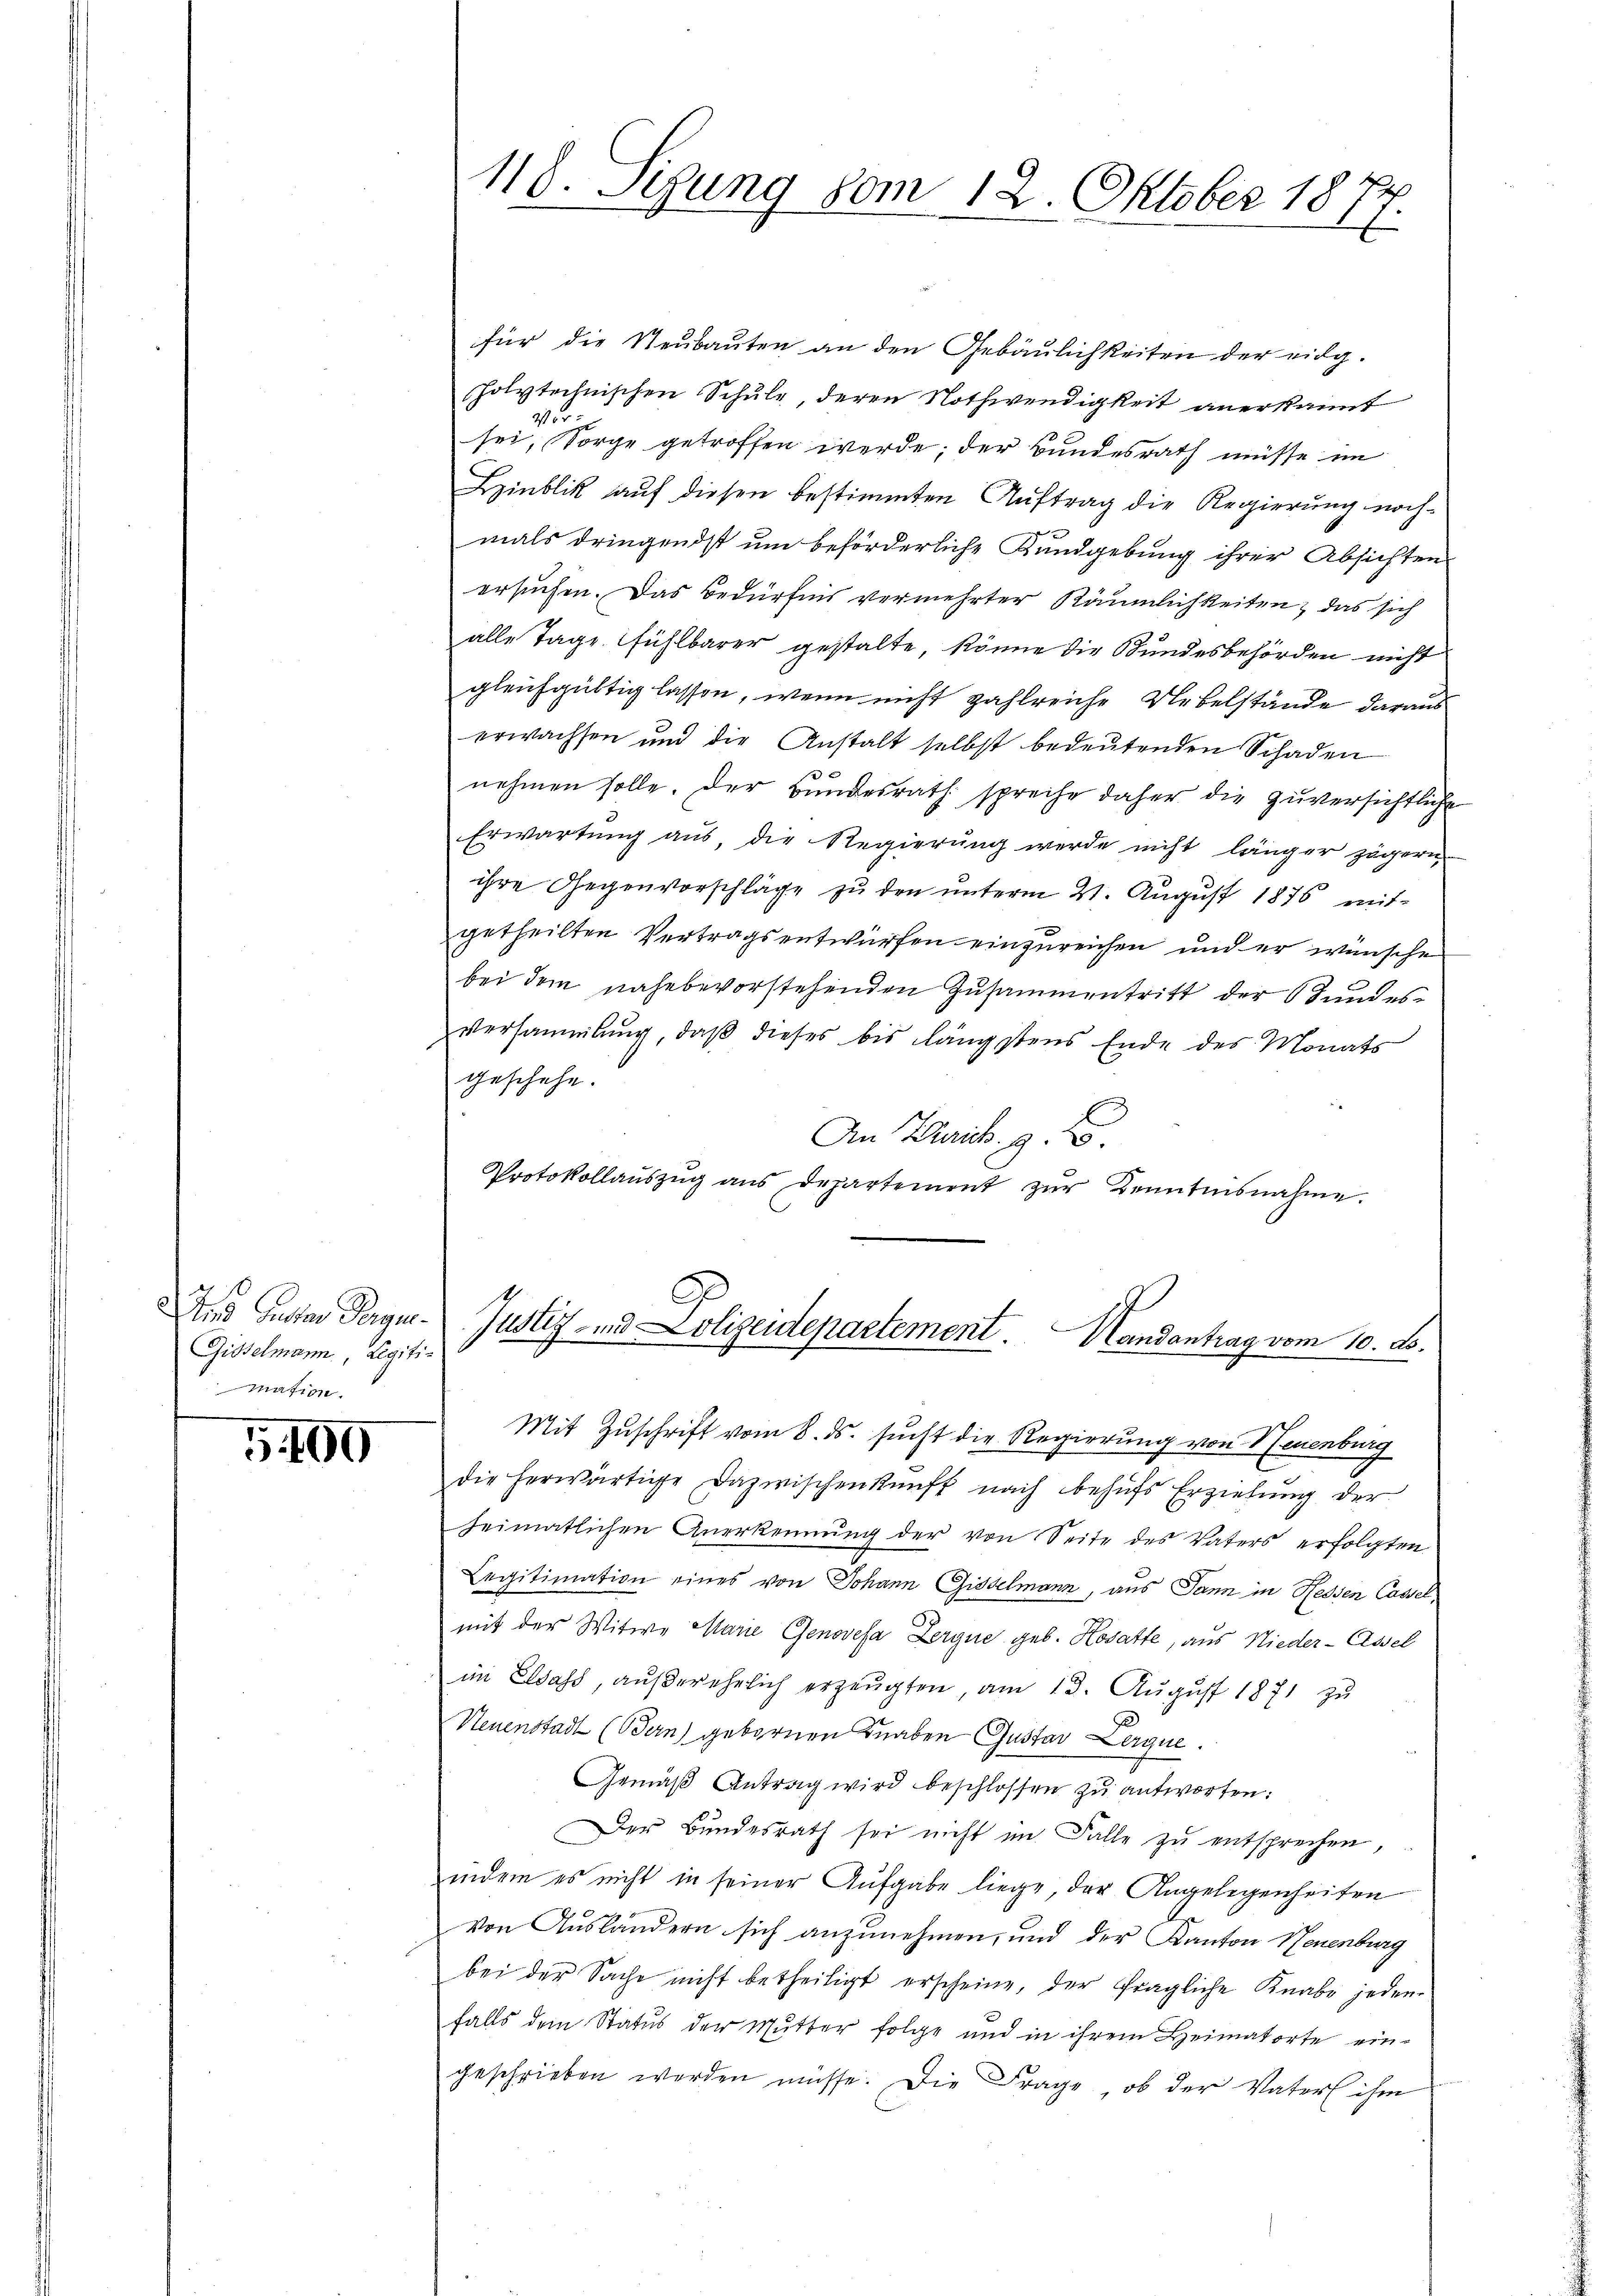
und Gunster Regen.
Gibselmann, Legiti-
mation.

G400

118. Sitzung vom 12. Oktober 181
x

für die Neubauten an den Gebäulichkeiten der eidg.
holytechnischen Schule, deren Nothwendigkeit anerkannt
22
sei, Sorge getroffen werde; der Bundesrath müsse im
Lzinblik auf diesen bestimmten Auftrag die Regierung noch-
mals dringendst um beförderliche Kundgebung ihrer Absichten
ersuchen. Das Bedürfnis vermehrter Räumlichkeiten, das sich
alle Tage fühlbarer gestalte, könne die Bundesbehörden nicht
gleichgültig lassen, wenn nicht zahlreiche Uebelstände daraus
erwachsen und die Anstalt selbst bedeutenden Schaden
nehmen solle. Der Bundesrath spreche daher die zuversichtliche
Erwartung aus, die Regierung werde nicht länger zögern
ihre Gegenvorschläge zu den unterm 21. August 1876 mitgetheilten Vertragsentwürfen einzureichen und er wünsche
bei dem nahe bevorstehenden Zusammentritt der Stundesversammlung, daß dieses bis längstens Ende des Monats
geschehe.
In Kreis. z. B.
C
Protokollaŭszŭg ans Departement zŭr Kenntnisnahme.

Justiz- und Polizeidepartement. Handantrag vom 10. ds.

Mit Zuschrift vom 8. ds. sucht die Regierung von Neuenburg
die herwärtige Dazwischenkunft nach behufs Erziehung der
heimatlichen Anerkennung der von Seite des Vaters erfolgten
Legitimation eines von Johann Giselmann, aus Jann in Hessen Cassel,
mit der Witwe Marie Genovefa Zergue geb. Hosatte, aus Nieder-Assel
im Elsass, aŭβerehrlich erzeugten, am 13. Aŭgŭst 1871 zŭ
Neuenstadt (Bern) gebornen Knaben Gustav Lerque.
Gemäβ Antrag wird beschlossen zu antworten:
Der Bundesrath sei nicht im Falle zu entsprechen,
indem es nicht in seiner Aufgabe liege, der Angelegenheiten
von Ausländern sich anzunehmen, und der Kanton Neuenburg
bei der Sache nicht betheiligt erscheine, der fragliche Knabe jeden
falls dem Status der Mutter folge und in ihrem Heimatorte eingeschrieben werden müsse. Die Frage, ob der Vater ihm